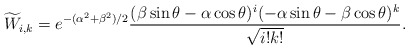
\begin{align*}\widetilde{W}_{i,k}=e^{-(\alpha^2+\beta^2)/2}\frac{(\beta\sin\theta-\alpha \cos \theta)^{i}(-\alpha \sin \theta-\beta \cos \theta)^{k}}{\sqrt{i!k!}}.\end{align*}